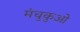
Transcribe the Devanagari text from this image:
मंचुकुओ